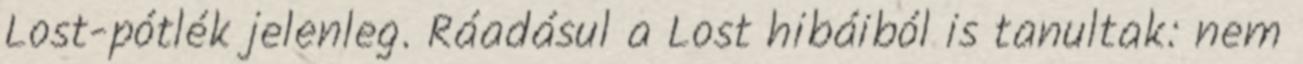
Lost-pótlék jelenleg. Ráadásul a Lost hibáiból is tanultak: nem